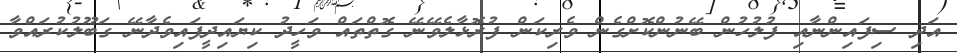
އަދި ސިފައިންނާއި ފުލުހުން ބޭނުންކޮށްގެން ވެރިކަން ފުރޮޅާލެވޭނޭ ގޮތްތައް ވަހީދު ކިޔައިދީފައިވެދާނޭ ގަބޫލުކުރައްވާ